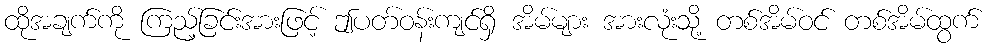
ထိုအချက်ကို ကြည့်ခြင်းအားဖြင့် ဤပတ်ဝန်းကျင်ရှိ အိမ်များ အားလုံးသို့ တစ်အိမ်ဝင် တစ်အိမ်ထွက်